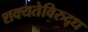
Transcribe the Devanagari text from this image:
शक्यतेविरुद्ध